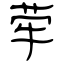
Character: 荦